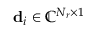
\mathbf { d } _ { i } \in { \mathbb { C } } ^ { N _ { r } \times 1 }